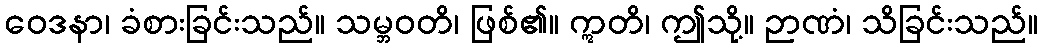
ဝေဒနာ၊ ခံစားခြင်းသည်။ သမ္ဘဝတိ၊ ဖြစ်၏။ ဣတိ၊ ဤသို့။ ဉာဏံ၊ သိခြင်းသည်။